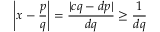
\left| x - { \frac { p } { q } } \right| = { \frac { | c q - d p | } { d q } } \geq { \frac { 1 } { d q } }